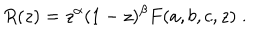
LaTeX: R ( z ) = z ^ { \alpha } ( 1 - z ) ^ { \beta } F ( a , b , c , z ) \; .